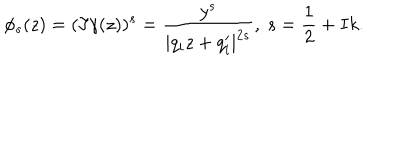
\phi _ { s } ( z ) = ( \Im \gamma ( z ) ) ^ { s } = \frac { y ^ { s } } { | q _ { i } z + q _ { i } ^ { \prime } | ^ { 2 s } } , ~ s = \frac { 1 } { 2 } + I k .